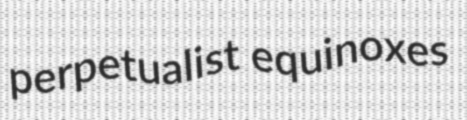
perpetualist equinoxes